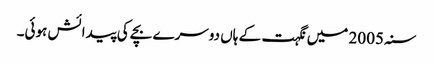
سنہ 2005 میں نگہت کے ہاں دوسرے بچے کی پیدائش ہوئی۔